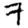
Digit: 7